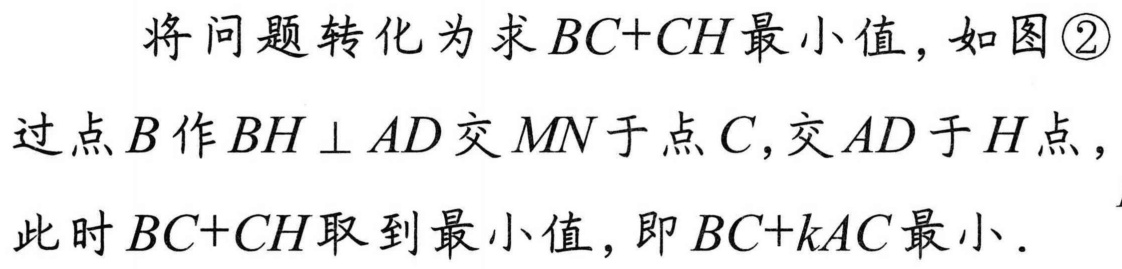
将问题转化为求 \(BC + CH\) 最小值，如图 \textcircled{2}
过点 \(B\) 作 \(BH \perp AD\) 交 \(MN\) 于点 \(C\)，交 \(AD\) 于 \(H\) 点，
此时 \(BC + CH\) 取到最小值，即 \(BC + kAC\) 最小．